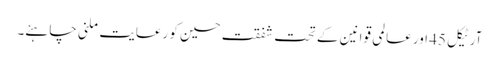
آرٹیکل 45 اور عالمی قوانین کے تحت شفقت حسین کو رعایت ملنی چاہئے۔